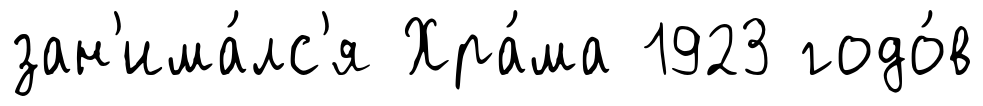
зан'има́лс'я Хра́ма 1923 годо́в